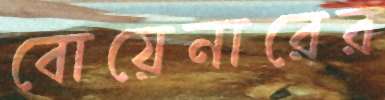
বোয়েনারের